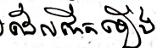
ដែលកើតឡើង